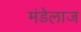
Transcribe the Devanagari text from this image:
मंडेलाज